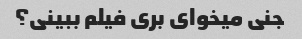
جنی میخوای بری فیلم ببینی؟